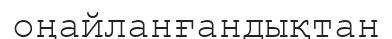
оңайланғандықтан